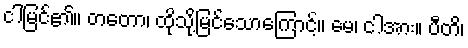
ငါမြင်၏။ တတော၊ ထိုသို့မြင်သောကြောင့်။ မေ၊ ငါအား။ ပီတိ၊